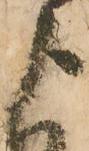
よ